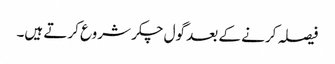
فیصلہ کرنے کے بعد گول چکر شروع کرتے ہیں۔